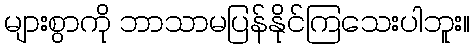
များစွာကို ဘာသာမပြန်နိုင်ကြသေးပါဘူး။